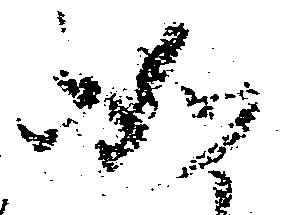
如